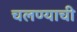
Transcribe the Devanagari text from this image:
चलण्याची